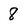
Character: 8